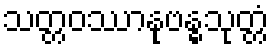
သတ္တဝဿာနုဗန္ဓသုတ္တံ